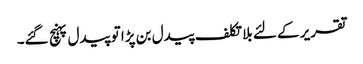
تقریر کے لئے بلا تکلف پیدل بن پڑا تو پیدل پہنچ گئے۔